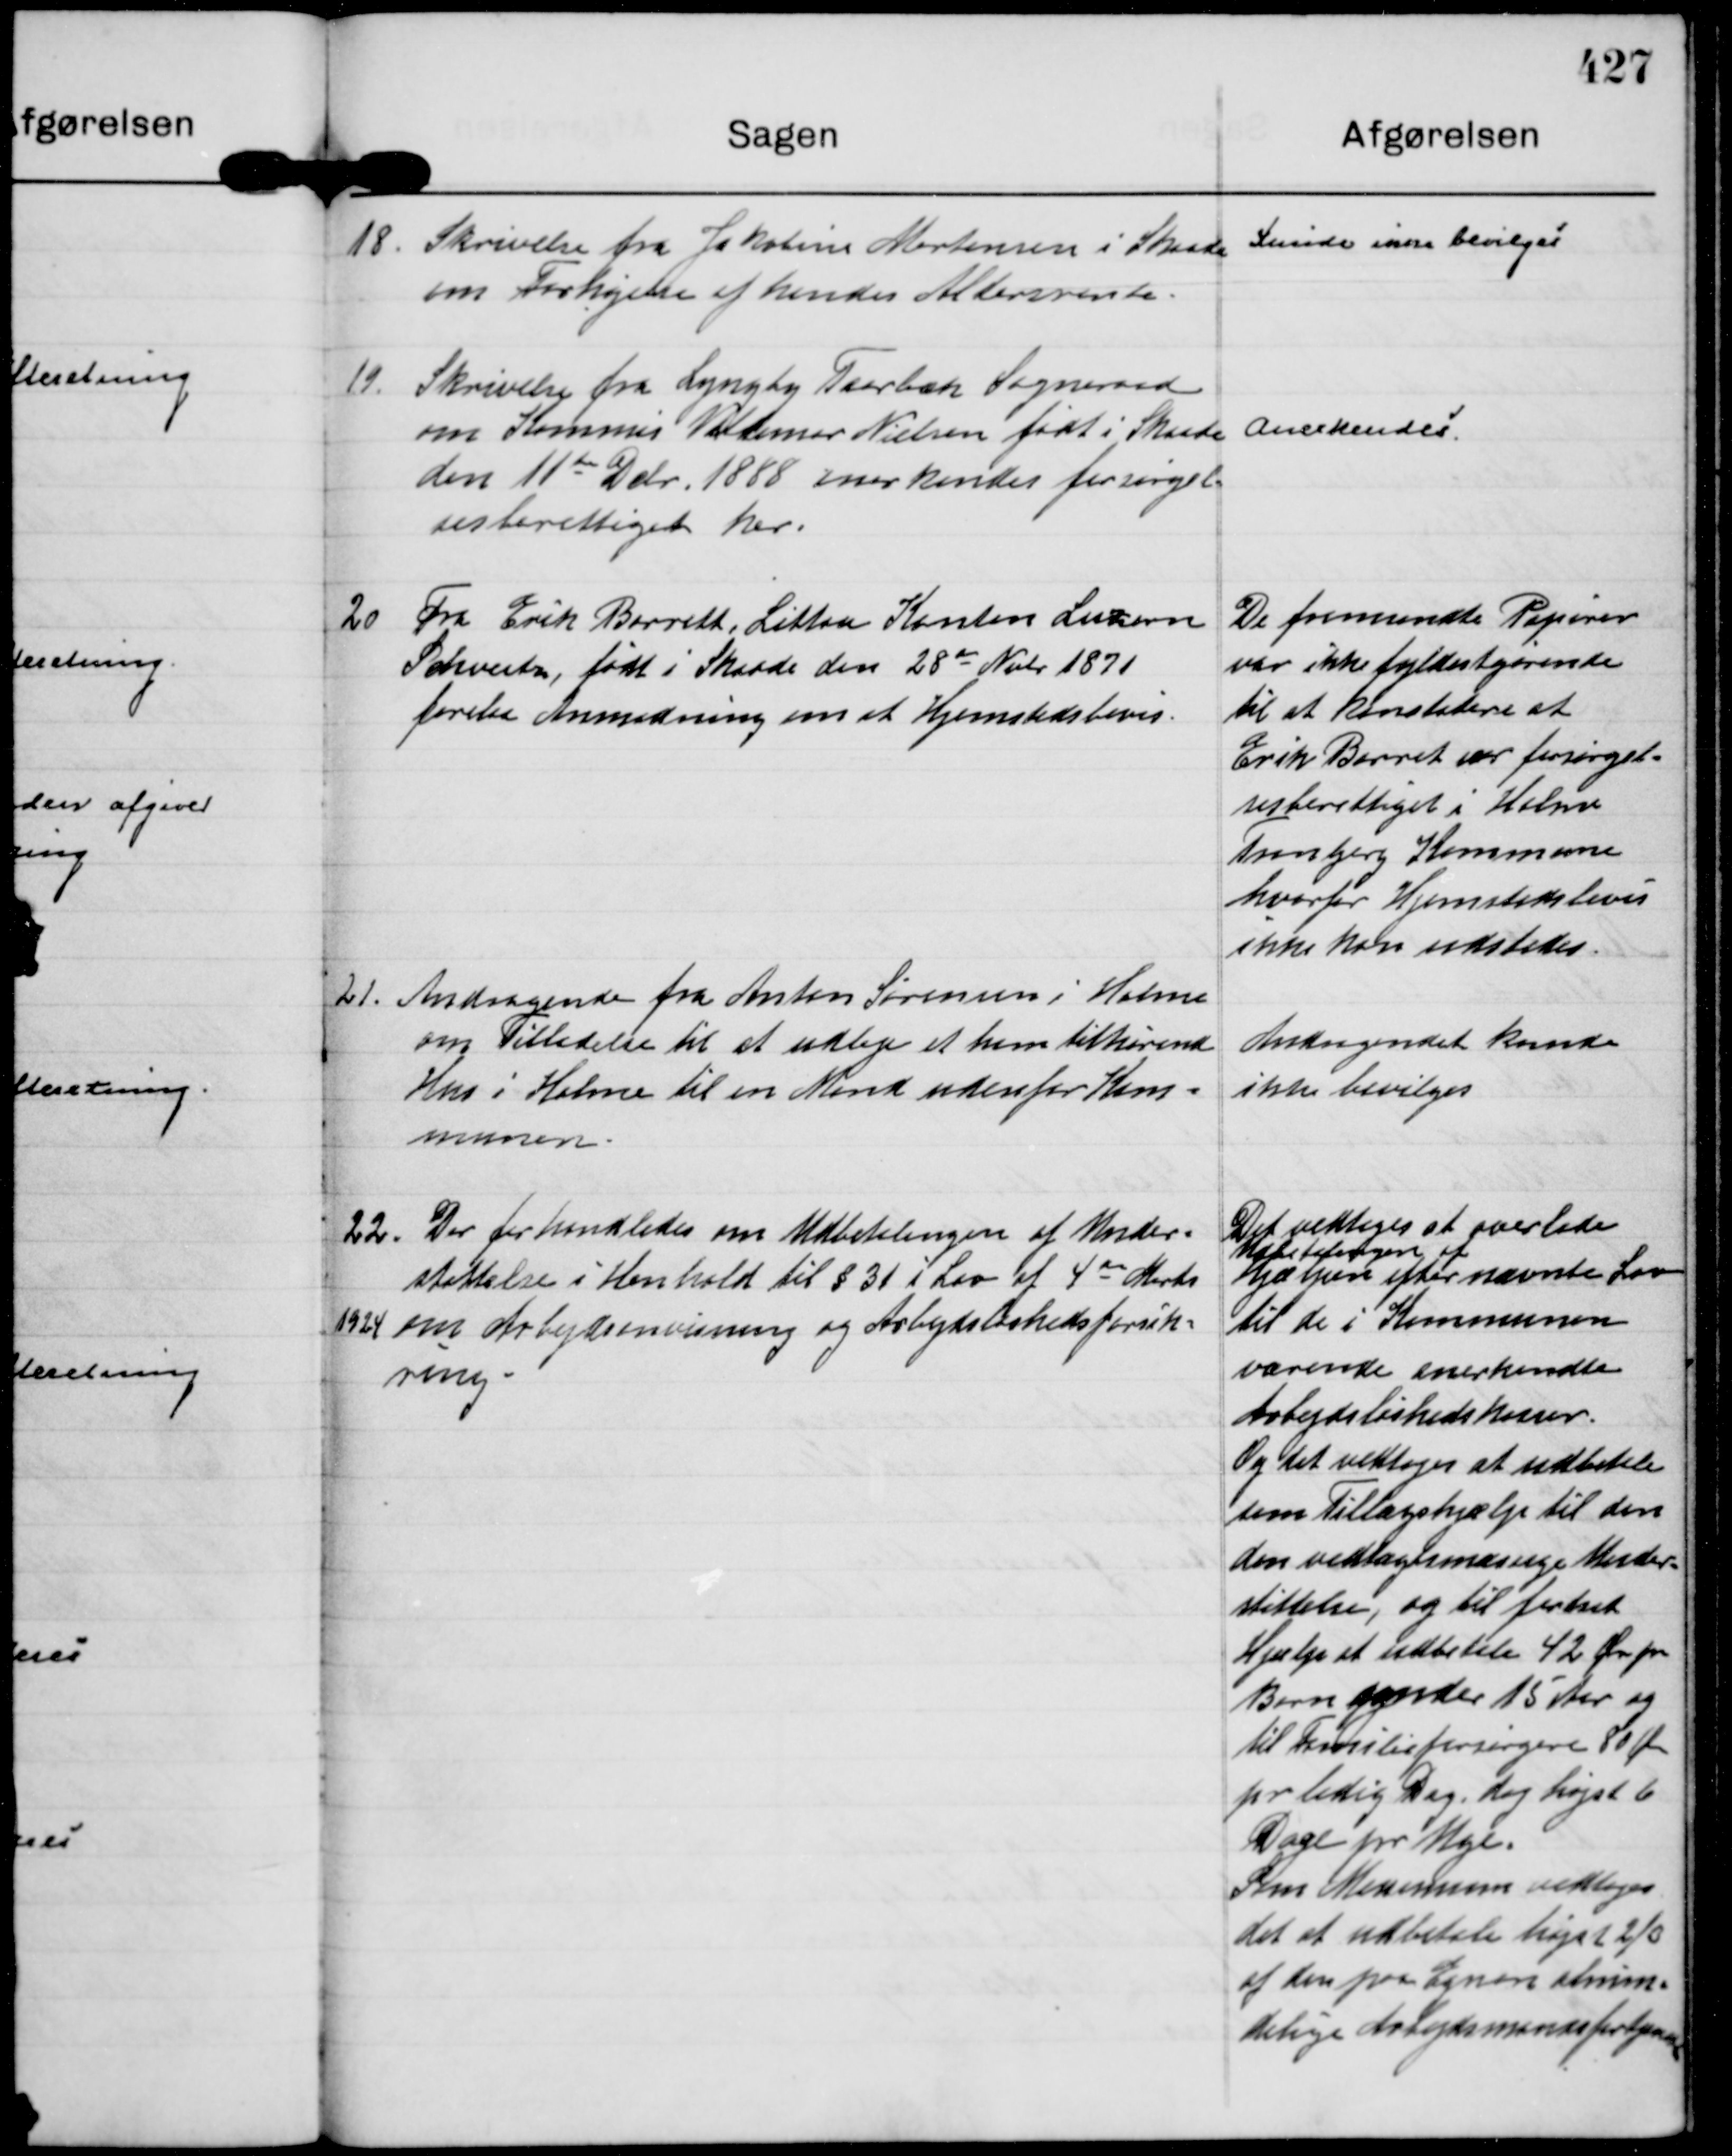
Transskription:
18.
Skrivelse fra Jakobine Mortensen i Skaade
om Forhøjelse af hendes Aldersrente.

Kunde ikke bevilges

19.
Skrivelse fra Lyngby Taarbæk Sogneraad
om Kommis Valdemar Nielsen født i Skaade
den 11 te Dcbr. 1888 anerkendes forsørgel=
sesberettiget her.

Anerkendes

20
Fra Erik Barreth, Littan Kanton Luzern
Schveitz, født i Skaade den 28 de Nobr 1871 
forelaa Anmodning om et Hjemstedsbevis.

De fremsendte Papirer
var ikke fyldestgørende
til at konstatere at
Erik Barret var forsørgel=
sesberettiget i Holme
Tranbjerg Kommune
hvorfor Hjemstedsbevis
ikke kan udstedes.

21.
Andragende fra Anton Sørensen i Holme
om Tilladelse til at udleje et ham tilhørend
Hus i Holme til en Mand udenfor Kom=
munen.

Andragendet kunde
ikke bevilges

22.
Der forhandledes om Udbetalingen af Under=
støttelse i Henhold til § 31 i Lov af 4 de Marts
1924 om Arbejdsanvisning og Arbejdsløshedsforsik=
ring -

Det vedtoges at overlade
Udbetalingen af
Hjælpen efter nævnte Lov
til de i Kommunen
værende anerkendte
Arbejdsløshedskasser.
Og det vedtoges at udbetale 
som Tillægshjælp til den
den vedtægtsmæssige Under=
støttelse, og til fordret
Hjælp at udbetale 42 Øre for
Børn under 15 Aar og
til Familieforsørgere 80 Øre
pr ledig Dag, dog højst 6
Dage pr Uge.
Som Minimum vedtoges
det at udbetale højst ⅔
af den paa Egnen almin=
delige Arbejdsmandsfortjeneste